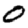
Digit: 0